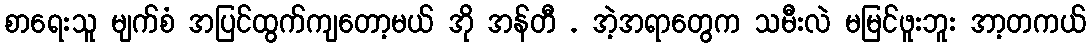
စာရေးသူ မျက်စံ အပြင်ထွက်ကျတော့မယ် အို အန်တီ . အဲ့အရာတွေက သမီးလဲ မမြင်ဖူးဘူး အာ့တကယ်